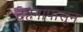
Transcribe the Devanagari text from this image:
दहनापासून